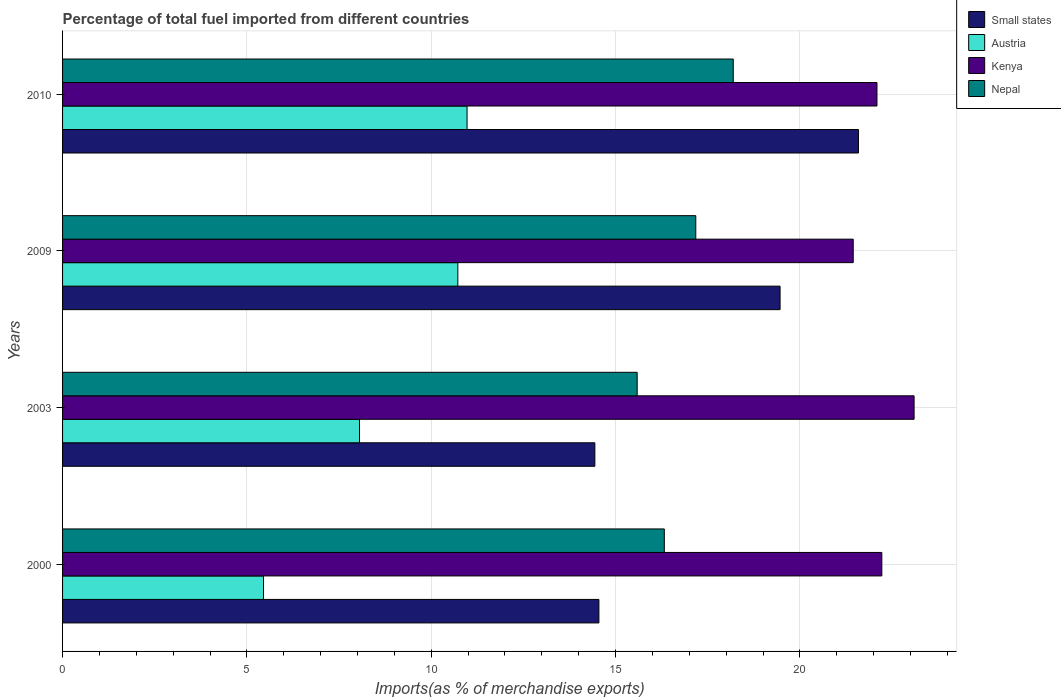
| Years | Small states | Austria | Kenya | Nepal |
 | --- | --- | --- | --- | --- |
 | 2000 | 14.5 | 5.45 | 22.2 | 16.3 |
 | 2003 | 14.4 | 8.05 | 23.1 | 15.6 |
 | 2009 | 19.5 | 10.7 | 21.4 | 17.2 |
 | 2010 | 21.6 | 11 | 22.1 | 18.2 |